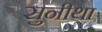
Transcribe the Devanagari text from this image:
सुनीथा